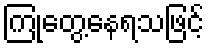
ကြုံတွေ့နေရသဖြင့်